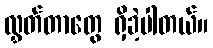
လွှတ်တာတွေ ရှိခဲ့ပါတယ်။